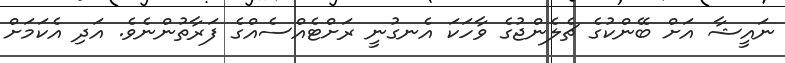
ނައީޝާ އަށް ބޭންކުގެ ޗެލެންޖުގެ ވާހަކަ އެނގުނީ ރަށްޓެއްސެއްގެ ފަރާތުންނެވެ. އަދި އެކަމަށް